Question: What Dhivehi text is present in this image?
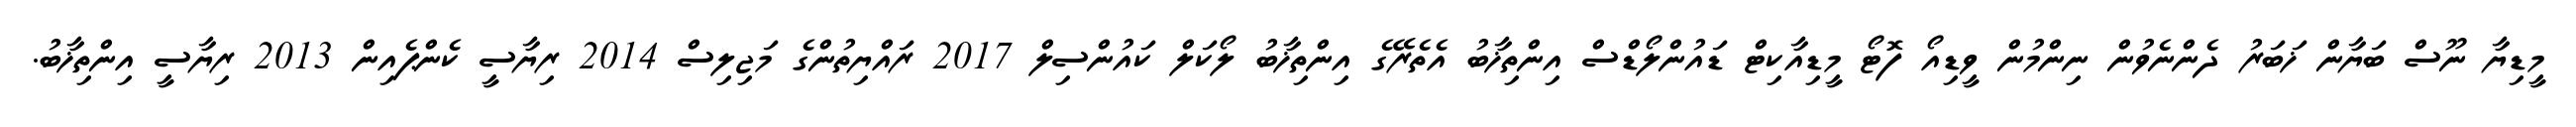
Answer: މީޑިޔާ ނޫސް ބަޔާން ޚަބަރު ދެންނެވުން ނިންމުން ވީޑިއޯ ފޮޓޯ މީޑިއާކިޓް ޑައުންލޯޑްސް އިންތިޚާބު އެތެރޭގެ އިންތިޚާބު ލޯކަލް ކައުންސިލް 2017 ރައްޔިތުންގެ މަޖިލިސް 2014 ރިޔާސީ ކެންޕެއިން 2013 ރިޔާސީ އިންތިޚާބު.